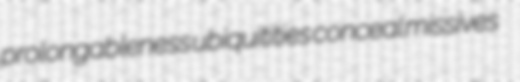
prolongableness ubiquitities conceal missives